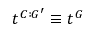
t ^ { C : G ^ { \prime } } \equiv t ^ { G }